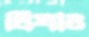
লিখাও